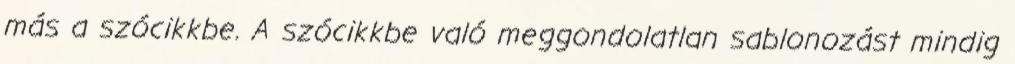
más a szócikkbe. A szócikkbe való meggondolatlan sablonozást mindig